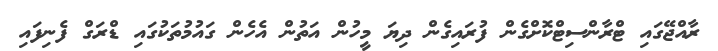
ރާއްޖޭގައި ޓްރާންސިޓްކޮށްގެން ފުރައިގެން ދިޔަ މީހުން އަތުން އެހެން ގައުމުތަކުގައި ޑްރަގް ފެނިފައި